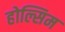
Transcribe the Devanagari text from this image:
होल्सिम